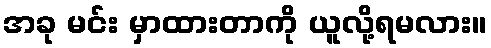
အခု မင်း မှာထားတာကို ယူလို့ရမလား။